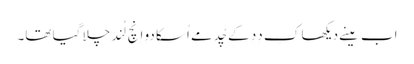
اَب مینے دیکھا کِ دِدِ کے چُد مے اُسکا دو اِنچ لُند چلا گیا تھا۔